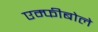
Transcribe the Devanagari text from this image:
एम्फीबोले